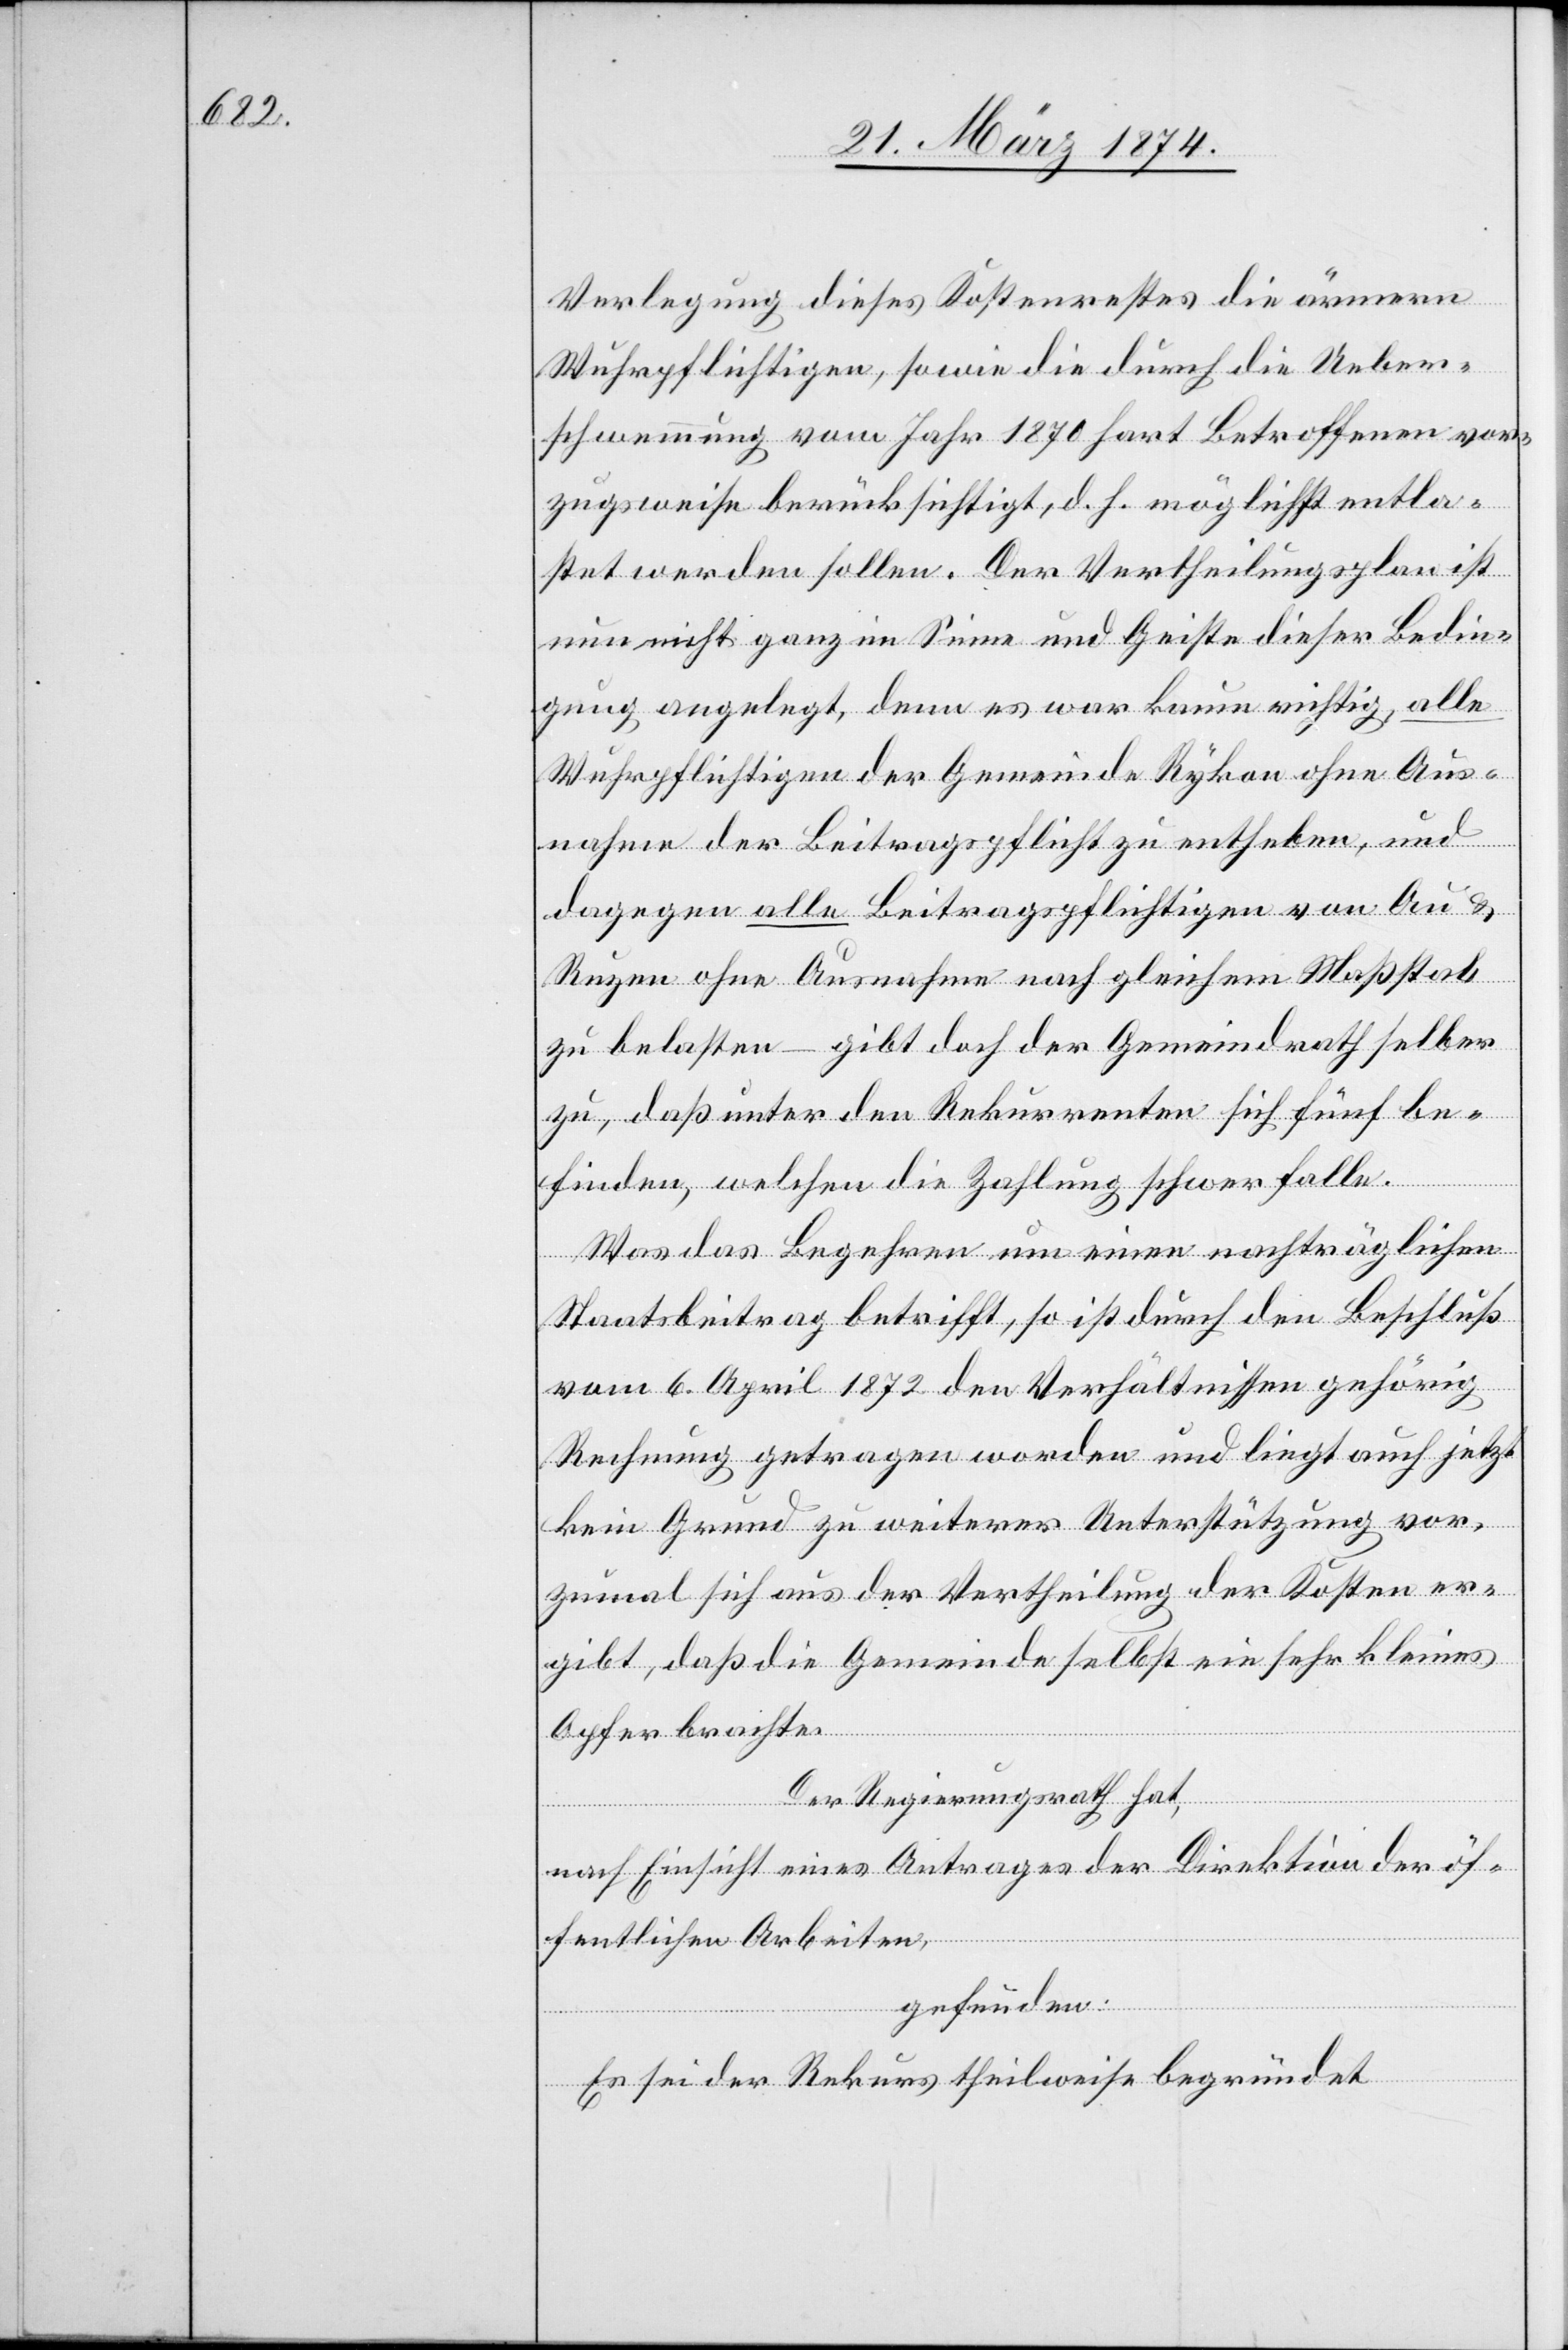
Verlegung dieses Kostenrechtes die ärmern
Wuhrpflichtigen, sowie die durch die Ueber¬
schwemmung vom Jahr 1870 hart betroffenen vor¬
zugsweise berücksichtigt, d. h. möglichst entla¬
stet werden sollen. Der Vertheilungsplan ist
nun nicht ganz im Sinne und Geiste dieser Bedin¬
gung angelegt, denn es war kaum richtig, alle
Wuhrpflichtigen der Gemeinde Rykon ohne Aus¬
nahme der Beitragspflicht zu entheben, und
dagegen alle Beitragspflichtigen von Au u.
Ruzen ohne Ausnahme nach gleichem Maßstab
zu belasten – gibt doch der Gemeindrath selber
zu, daß unter den Rekurrenten sich fünf be¬
finden, welchen die Zahlung schwerfalle.
Was das Begehren um einen nachträglichen
Staatsbeitrag betrifft, so ist durch den Beschluß
vom 6. April 1872 den Verhältnissen gehörig
Rechnung getragen worden und liegt auch jetzt
kein Grund zu weiterer Unterstützung vor,
zumal sich aus der Vertheilung der Kosten er¬
gibt, daß die Gemeinde selbst ein sehr kleines
Opfer brachte.
Der Regierungsrath hat,
nach Einsicht eines Antrages der Direktion der öf¬
fentlichen Arbeiten ,
gefunden:
Es sei der Rekurs theilweise begründet